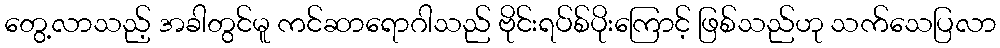
တွေ့လာသည့် အခါတွင်မူ ကင်ဆာရောဂါသည် ဗိုင်းရပ်စ်ပိုးကြောင့် ဖြစ်သည်ဟု သက်သေပြလာ